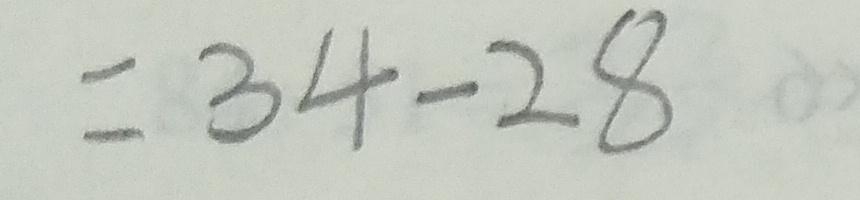
= 3 4 - 2 8